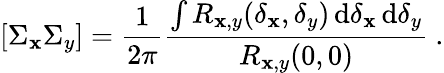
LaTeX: [\Sigma_{\mathbf{x}}\Sigma_{y}]=\frac{{1}}{{{2\pi}}}\frac{{{\int{R_{\mathbf{x},y}(\delta_{\mathbf{x}},\delta_{y})\, \mathrm{{d}}\delta_{\mathbf{x}}\, \mathrm{{d}}\delta_{y}}}}}{{{R_{\mathbf{x},y}(0,0)}}}~.